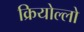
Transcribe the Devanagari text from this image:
क्रियोल्लो